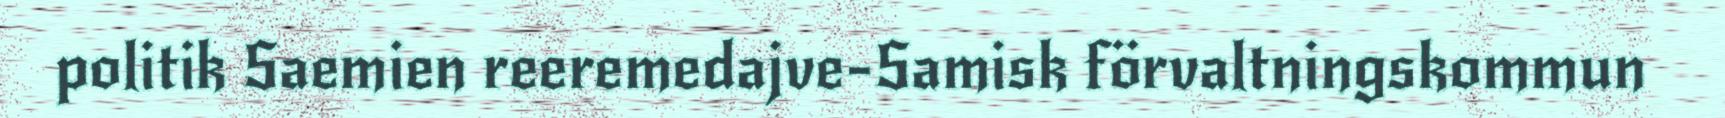
politik Saemien reeremedajve-Samisk förvaltningskommun